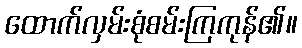
ထောက်လှမ်းစုံစမ်းကြကုန်၏။